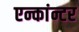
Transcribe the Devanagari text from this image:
एन्कांन्टर